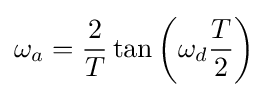
\omega _{a}={\frac {2}{T}}\tan \left(\omega _{d}{\frac {T}{2}}\right)